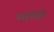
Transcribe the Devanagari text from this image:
माराह